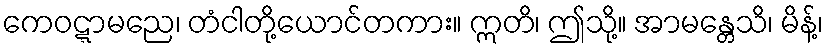
ကေဝဋ္ဋာမညေ၊ တံငါတို့ယောင်တကား။ ဣတိ၊ ဤသို့။ အာမန္တေသိ၊ မိန့်၊